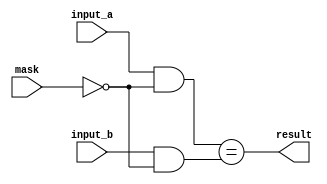
module masked_comparator (
    input [7:0] input_a,
    input [7:0] input_b,
    input [7:0] mask,
    output reg result
);

reg [7:0] masked_input_a;
reg [7:0] masked_input_b;

always @(*) begin
    masked_input_a = input_a & ~mask;
    masked_input_b = input_b & ~mask;
    result = masked_input_a == masked_input_b;
end

endmodule